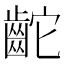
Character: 𪗩